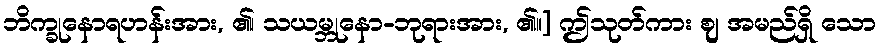
ဘိက္ခုနောရဟန်းအား, ၏၊ သယမ္ဘုနော-ဘုရားအား, ၏။] ဤသုတ်ကား ဈ အမည်ရှိ သော